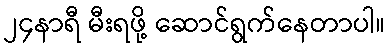
၂၄နာရီ မီးရဖို့ ဆောင်ရွက်နေတာပါ။